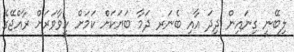
ލިބޭނީ ގިނައިން ދިދަ އާއި ބެނަރ ދަމާ ބަޔަކަށް ކަމަށް ހީވާވަރަށް ރާއްޖޭގެ